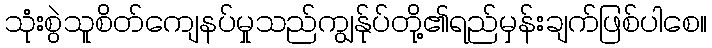
သုံးစွဲသူစိတ်ကျေနပ်မှုသည်ကျွန်ုပ်တို့၏ရည်မှန်းချက်ဖြစ်ပါစေ။